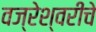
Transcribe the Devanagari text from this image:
वज्रेश्वरीचे